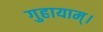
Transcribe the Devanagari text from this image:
गुहायाम्।